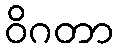
ဝိဂတာ